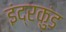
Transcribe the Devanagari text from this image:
इंद्रकुंड